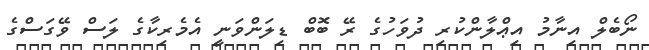
ނޯބެލް އިނާމު އިޢްލާންކުރި ދުވަހުގެ ރޭ ބޮބް ޑިލަންވަނީ އެމެރިކާގެ ލަސް ވޭގަސްގެ